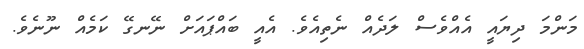
މަންމަ ދިޔައީ އެއްވެސް ލަދެއް ނެތިއެވެ. އެއީ ބައްޕައަށް ނޭނގޭ ކަމެއް ނޫނެވެ.